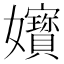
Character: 𡤧